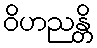
ဝိဟညန္တိ